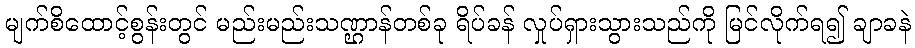
မျက်စိထောင့်စွန်းတွင် မည်းမည်းသဏ္ဌာန်တစ်ခု ရိပ်ခန် လှုပ်ရှားသွားသည်ကို မြင်လိုက်ရ၍ ချာခနဲ